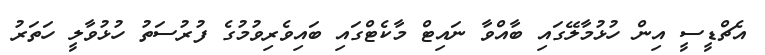
އެޗްޑީސީ އިން ހުޅުމާލޭގައި ބާއްވާ ނައިޓް މާކެޓްގައި ބައިވެރިވުމުގެ ފުރުސަތު ހުޅުވާލީ ހަތަރު